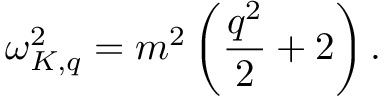
\omega _ { K , q } ^ { 2 } = m ^ { 2 } \left( \frac { q ^ { 2 } } { 2 } + 2 \right) .